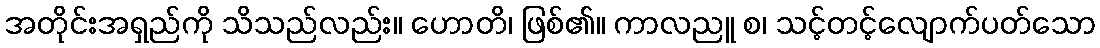
အတိုင်းအရှည်ကို သိသည်လည်း။ ဟောတိ၊ ဖြစ်၏။ ကာလညူ စ၊ သင့်တင့်လျောက်ပတ်သော